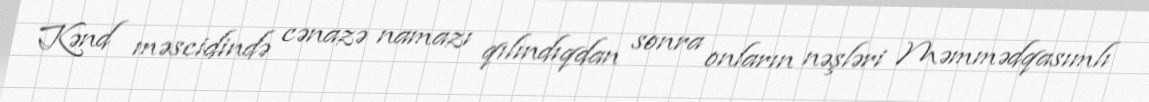
Kənd məscidində cənazə namazı qılındıqdan sonra onların nəşləri Məmmədqasımlı